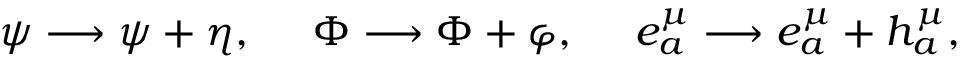
\psi \longrightarrow \psi + \eta , \ \ \ \ \Phi \longrightarrow \Phi + \varphi , \ \ \ \ e _ { a } ^ { \mu } \longrightarrow e _ { a } ^ { \mu } + h _ { a } ^ { \mu } ,